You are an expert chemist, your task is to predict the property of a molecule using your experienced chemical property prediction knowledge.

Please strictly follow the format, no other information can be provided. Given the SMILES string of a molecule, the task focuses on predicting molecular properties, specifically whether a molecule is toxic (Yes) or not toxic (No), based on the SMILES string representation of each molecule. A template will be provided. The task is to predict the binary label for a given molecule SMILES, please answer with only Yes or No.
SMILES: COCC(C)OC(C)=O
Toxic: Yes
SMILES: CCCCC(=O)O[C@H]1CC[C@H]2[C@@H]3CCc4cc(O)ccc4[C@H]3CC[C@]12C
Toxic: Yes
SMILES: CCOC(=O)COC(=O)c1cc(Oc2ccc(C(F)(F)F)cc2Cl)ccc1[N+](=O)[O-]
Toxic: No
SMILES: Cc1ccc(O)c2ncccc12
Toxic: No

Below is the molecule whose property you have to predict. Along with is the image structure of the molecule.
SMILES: CCC(C)COC(C)=O
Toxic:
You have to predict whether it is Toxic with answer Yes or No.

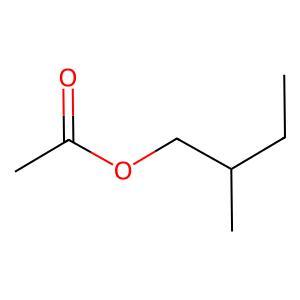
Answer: No